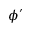
\phi ^ { \prime }